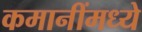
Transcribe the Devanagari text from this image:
कमानींमध्ये